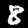
Label: 8